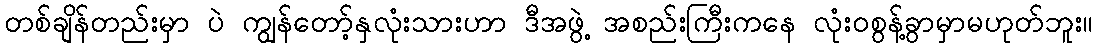
တစ်ချိန်တည်းမှာ ပဲ ကျွန်တော့်နှလုံးသားဟာ ဒီအဖွဲ့ အစည်းကြီးကနေ လုံးဝစွန့်ခွာမှာမဟုတ်ဘူး။